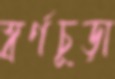
স্বর্ণচূড়া